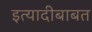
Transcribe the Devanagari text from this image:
इत्यादीबाबत